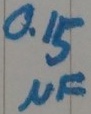
Text: 0.15µF